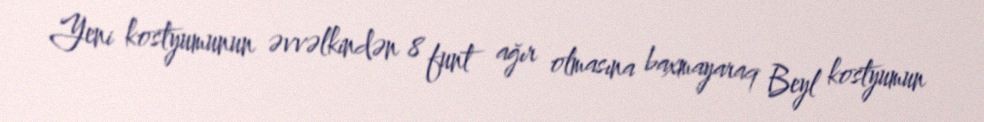
Yeni kostyumunun əvvəlkindən 8 funt ağır olmasına baxmayaraq Beyl kostyumun